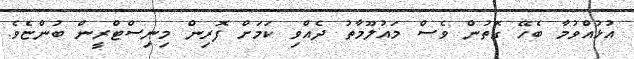
އުޅުއްވުމާ ބެހޭ ގޮތުން ވެސް މައުލޫމާތު ދެއްވި ކަމަށް ފޮރިން މިނިސްޓްރީން ބުންޏެވެ.